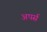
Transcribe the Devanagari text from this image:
अपर्स